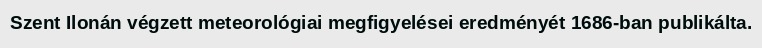
Szent Ilonán végzett meteorológiai megfigyelései eredményét 1686-ban publikálta.